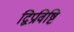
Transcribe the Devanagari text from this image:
द्विप्रविष्टि